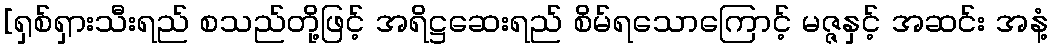
[ရှစ်ရှားသီးရည် စသည်တို့ဖြင့် အရိဋ္ဌဆေးရည် စိမ်ရသောကြောင့် မဇ္ဇနှင့် အဆင်း အနံ့